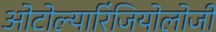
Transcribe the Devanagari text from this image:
ओटोल्यारिंजियोलोजी